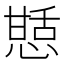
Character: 𭞍